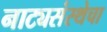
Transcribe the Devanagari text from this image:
नाट्यसंस्थेचा